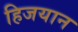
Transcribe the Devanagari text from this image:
हिजयान